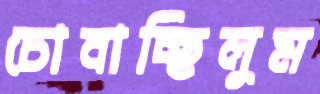
চোবাচ্ছিলুম